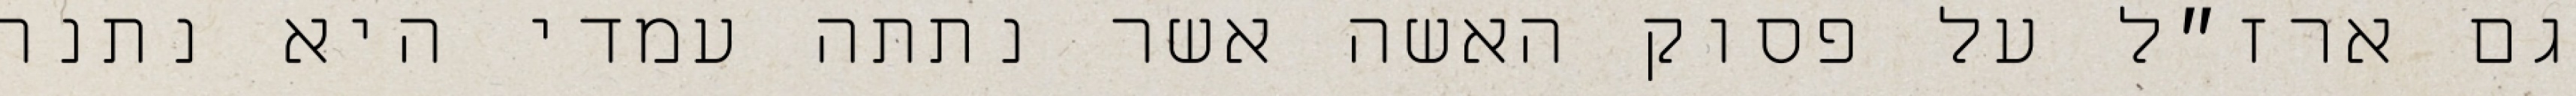
גם ארז״ל על פסוק האשה אשר נתתה עמדי היא נתנה